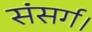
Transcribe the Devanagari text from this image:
संसर्ग।